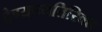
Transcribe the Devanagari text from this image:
देण्याव्यतिरिक्त